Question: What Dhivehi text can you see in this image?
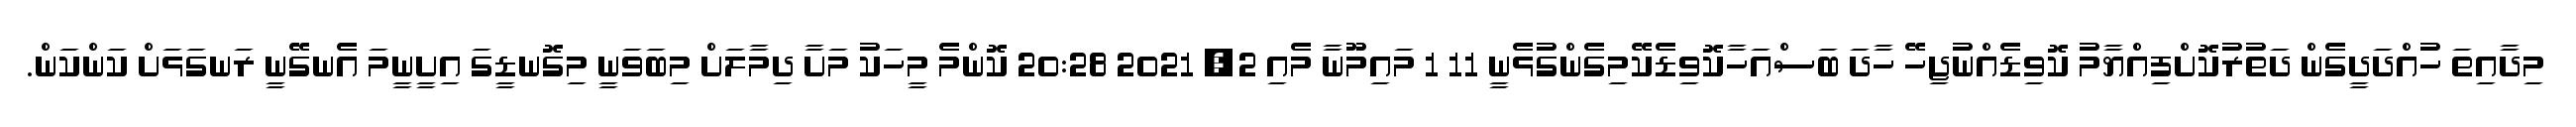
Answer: މިދާއިތަ ހުއްދަދީގެން ދަތުރުކޮށްފިއްޔާމު ކޮވިޑެއްނުޖިހޭ ހާދަ ބަސްއަހާކޮވިޑެކޭމިގެންގުޅެނީ 11 1 މައިމޫނާ މެއި 2, 2021 20:28 ކޮންމެ މީހަކު މަށާ ދިމާލަށް މިބަވަނީ މިގޮނޑީގަ އިށީނީމަ އެނގޭނީ ރަނގަޅަށް ކަންކަން.